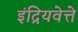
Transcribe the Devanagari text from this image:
इंद्रियवेत्ते